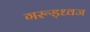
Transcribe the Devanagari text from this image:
गरूड़ध्वज